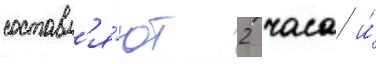
составл'я́ют 2 часа и́